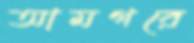
আমগরে